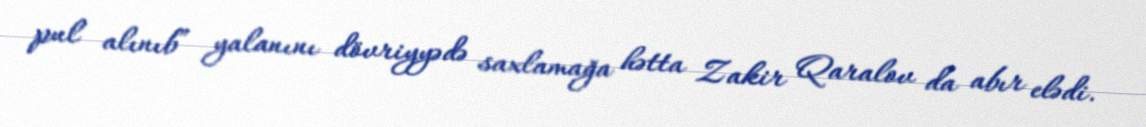
pul alınıb” yalanını dövriyyədə saxlamağa hətta Zakir Qaralov da abır elədi.